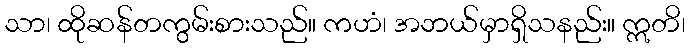
သာ၊ ထိုဆန်တကွမ်းစားသည်။ ကဟံ၊ အဘယ်မှာရှိသနည်း။ ဣတိ၊